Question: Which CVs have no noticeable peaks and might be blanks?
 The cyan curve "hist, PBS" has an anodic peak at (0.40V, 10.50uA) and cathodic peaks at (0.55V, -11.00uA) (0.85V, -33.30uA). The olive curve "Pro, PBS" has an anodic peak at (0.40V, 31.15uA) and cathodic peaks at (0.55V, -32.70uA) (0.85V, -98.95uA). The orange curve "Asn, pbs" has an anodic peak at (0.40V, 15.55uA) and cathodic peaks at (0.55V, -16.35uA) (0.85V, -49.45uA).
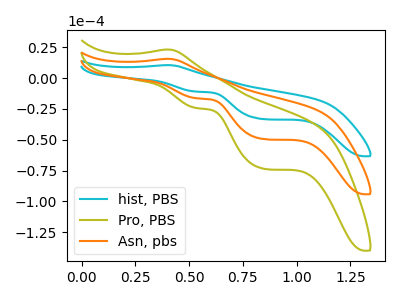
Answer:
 <answer>There are not any CV's on this graph that are likely to be blanks.</answer>
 <eval>none</eval>